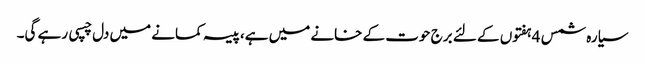
سیارہ شمس 4ہفتوں کے لئے برج حوت کے خانے میں ہے،پیسہ کمانے میں دل چسپی رہے گی۔